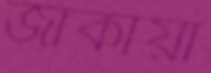
জাকায়া